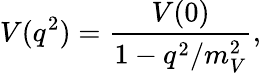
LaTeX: V(q^{2})={\frac{V(0)}{1-q^{2}/m_{V}^{2}}},